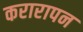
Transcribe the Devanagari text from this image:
करारापन